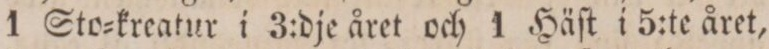
1 Sto=kreatur i 3:dje året och 1 Häſt i 5:te året,